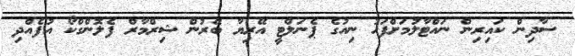
ސާދިން ކައިރިން ނައްޓާލުމަށްފަހު ނިއުގެ ޕެނަލްޓީ އޭރިޔާ ބޭރުން ޝިރްމާރް ފެލޮންގްކޯ އުފެއްދި